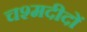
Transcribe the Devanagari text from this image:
चश्मदीदों